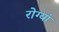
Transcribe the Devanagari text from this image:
रोग्यां